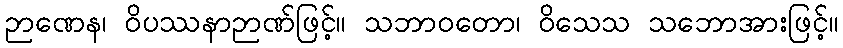
ဉာဏေန၊ ဝိပဿနာဉာဏ်ဖြင့်။ သဘာဝတော၊ ဝိသေသ သဘောအားဖြင့်။